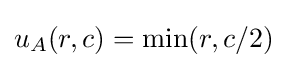
u_{A}(r,c)=\min(r,c/2)